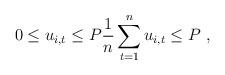
LaTeX: \begin{align*} 0 \leq u_{i,t} \leq P_{\,} \frac{1}{n}\sum_{t=1}^{n} u_{i,t} \leq P_{\,} \;,\,\end{align*}